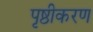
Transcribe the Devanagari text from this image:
पृष्ठीकरण